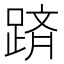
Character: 𨂋